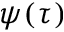
\psi ( \tau )